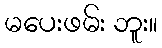
မပေးဖမ်း ဘူး။